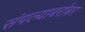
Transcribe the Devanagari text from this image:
संपल्याबरोबर